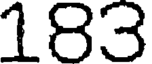
183